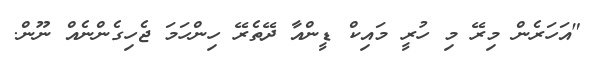
"އަހަރެން މިރޭ މި ހުރީ މައިކް ޑީންއާ ދޭތެރޭ ހިންހަމަ ޖެހިގެންނެއް ނޫން.